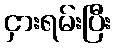
ငှားရမ်းပြီး